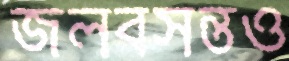
জলবসন্তও